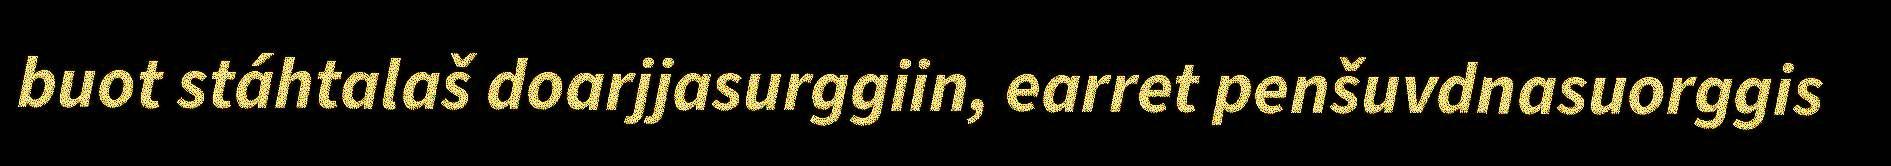
buot stáhtalaš doarjjasurggiin, earret penšuvdnasuorggis